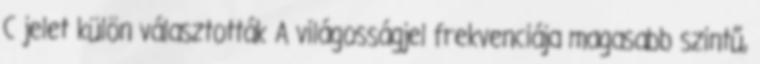
C jelet külön választották A világosságjel frekvenciája magasabb szintű,